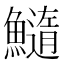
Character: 𩼂